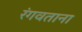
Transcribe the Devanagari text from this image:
रंगवताना